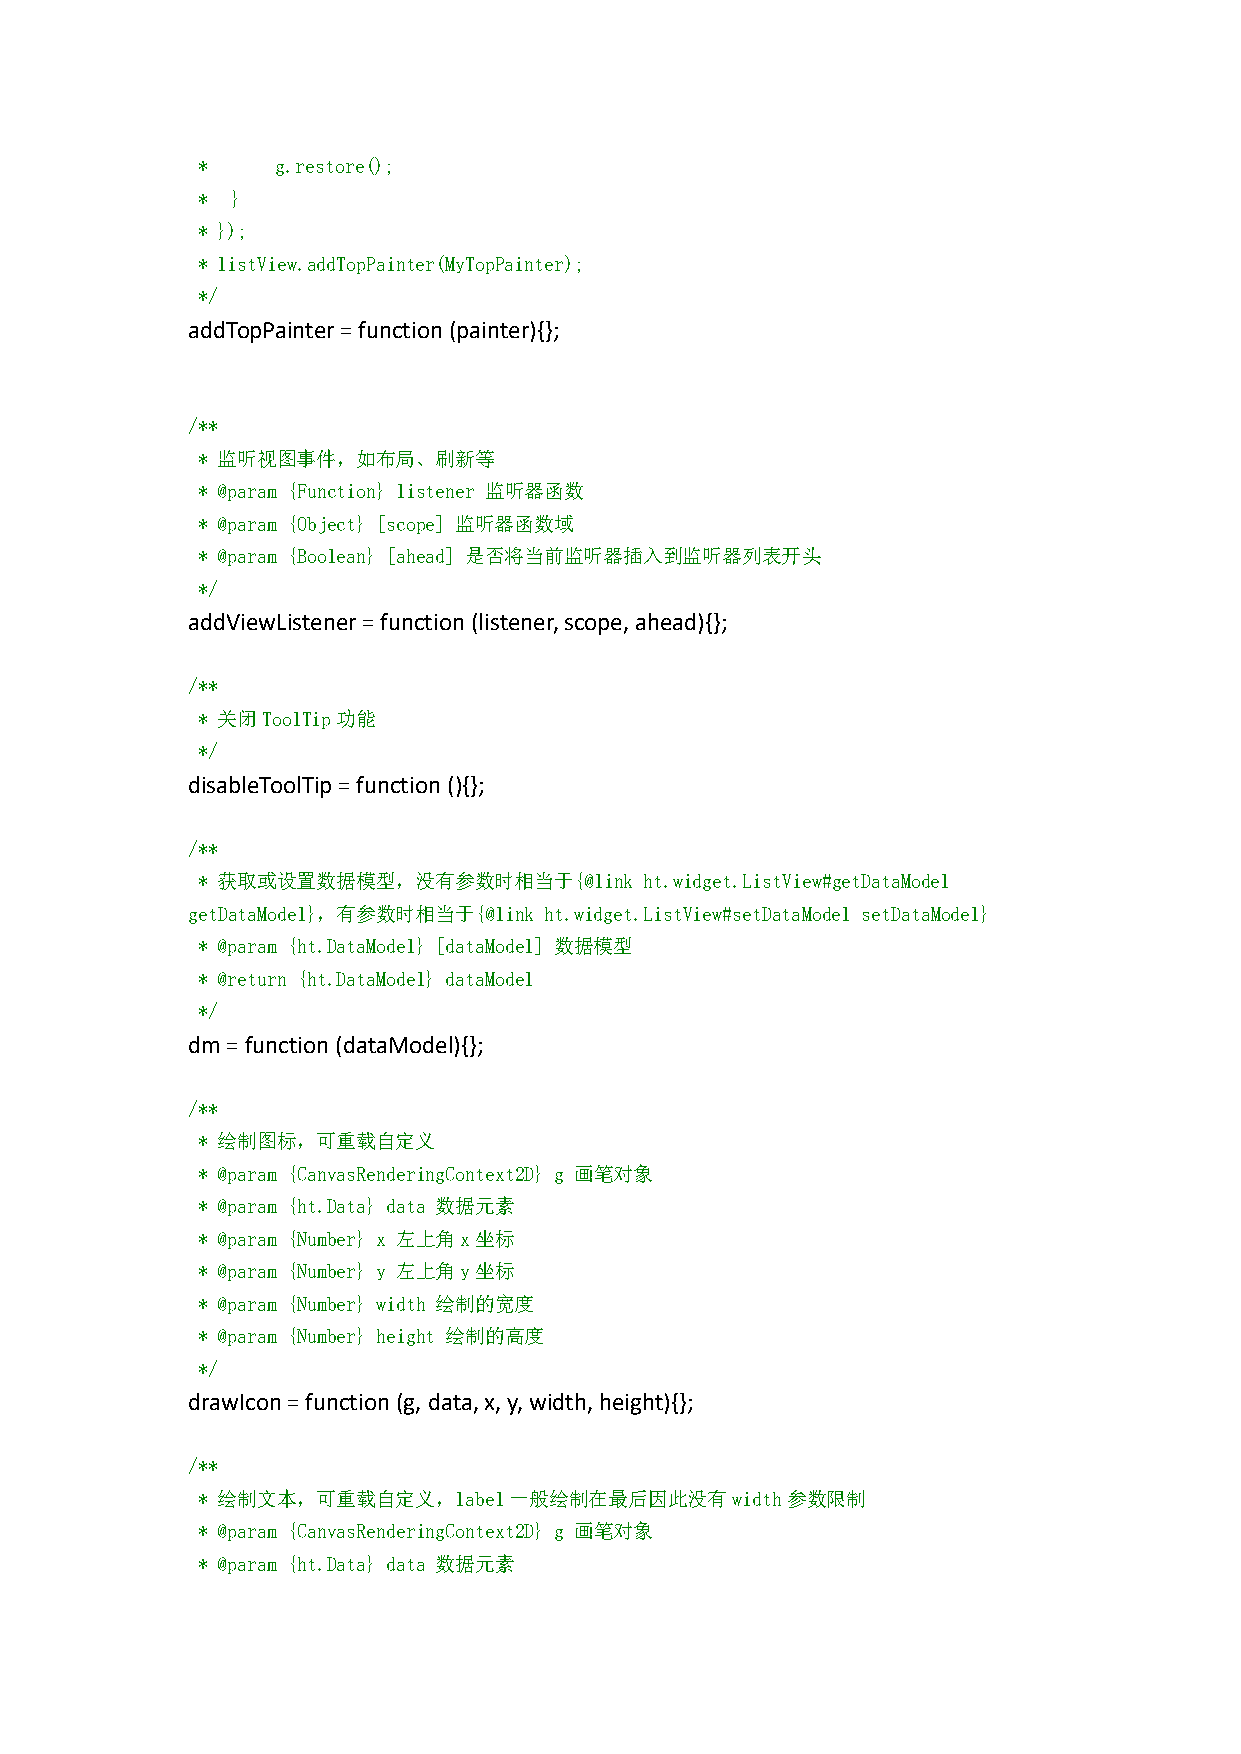
*    g.restore();
 * }
 * });
 * listView.addTopPainter(MyTopPainter);
 */
 addTopPainter=function(painter){};
 /**
 * 监听视图事件，如布局、刷新等
 * @param {Function} listener 监听器函数
 * @param {Object} [scope] 监听器函数域
 * @param {Boolean} [ahead] 是否将当前监听器插入到监听器列表开头
 */
 addViewListener=function(listener,scope,ahead){};
 /**
 * 关闭ToolTip功能
 */
 disableToolTip=function (){};
 /**
 * 获取或设置数据模型，没有参数时相当于{@link    ht.widget.ListView#getDataModel
 getDataModel}，有参数时相当于{@link ht.widget.ListView#setDataModel setDataModel}
 * @param {ht.DataModel} [dataModel] 数据模型
 * @return {ht.DataModel} dataModel
 */
 dm=function(dataModel){};
 /**
 * 绘制图标，可重载自定义
 * @param {CanvasRenderingContext2D} g 画笔对象
 * @param {ht.Data} data 数据元素
 * @param {Number} x 左上角x坐标
 * @param {Number} y 左上角y坐标
 * @param {Number} width 绘制的宽度
 * @param {Number} height 绘制的高度
 */
 drawIcon=function(g, data,x,y,width,height){};
 /**
 * 绘制文本，可重载自定义，label一般绘制在最后因此没有width参数限制
 * @param {CanvasRenderingContext2D} g 画笔对象
 * @param {ht.Data} data 数据元素